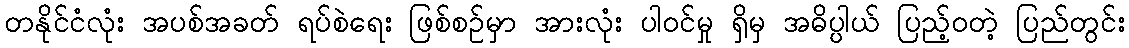
တနိုင်ငံလုံး အပစ်အခတ် ရပ်စဲရေး ဖြစ်စဉ်မှာ အားလုံး ပါဝင်မှု ရှိမှ အဓိပ္ပါယ် ပြည့်ဝတဲ့ ပြည်တွင်း